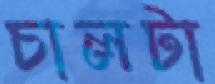
চালটা